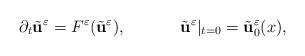
LaTeX: \begin{align*}\partial_{t}\tilde{\textbf{u}}^{\varepsilon} = F^{\varepsilon}(\tilde{\textbf{u}}^{\varepsilon}), ~~~~~~~~~~\tilde{\textbf{u}}^{\varepsilon}|_{t=0}=\tilde{\textbf{u}}^{\varepsilon}_{0}(x),\end{align*}